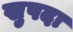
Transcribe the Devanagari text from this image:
खुपदा